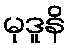
မုဒူနိ